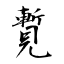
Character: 覱